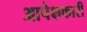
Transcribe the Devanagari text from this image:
आपेक्षकारी